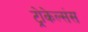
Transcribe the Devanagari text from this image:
ट्रोकेल्संस